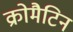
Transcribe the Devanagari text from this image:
क्रोमैटिन